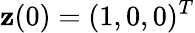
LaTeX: {\mathbf z}(0)=(1,0,0)^{T}